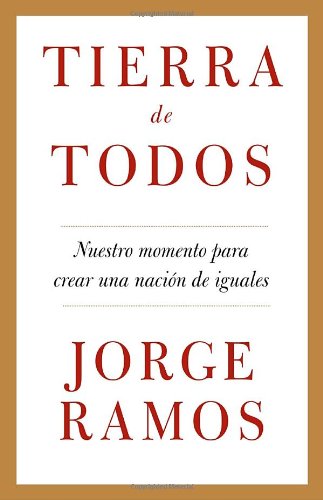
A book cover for Tierra de todos: Nuestro momento para crear una naciÃ³n de iguales (Spanish Edition); Jorge Ramos; Law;